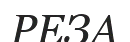
РЕЗА